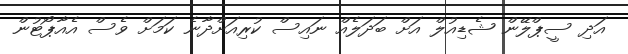
އަދި ސީޕްލޭން ޝެޑިއުލް އަށް ބަދަލެއް ނައިސް ކުރިއަށްދާނެ ކަމަށް ވެސް އެއާޕޯޓުން